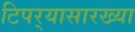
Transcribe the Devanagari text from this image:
टिपर्‍यासारख्या